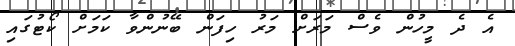
އެ ދެ މީހުން ވެސް މަރަށް މަރު ހިފަން ބޭނުންވާ ކަމަށް ކޯޓުގައި